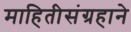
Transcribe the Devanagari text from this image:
माहितीसंग्रहाने